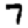
Digit: 7